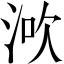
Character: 𣵶